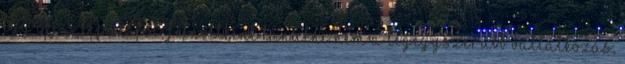
egy OKJ-s képzésről, felnőttként tanulni nem a legegyszerűbb vállalkozás,